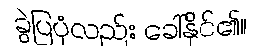
ခွဲပြပုံလည်း ခေါ်နိုင်၏။